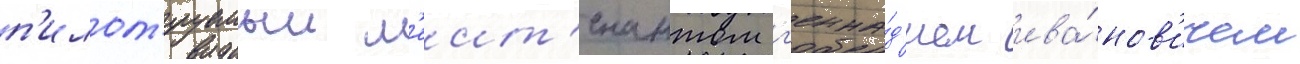
п'илот'ируемыи л'еит'енантом г'енна́д'ием ива́нов'ичем